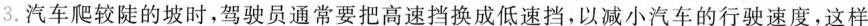
3.汽车爬较陡的坡时，驾驶员通常要把高速挡换成低速挡，以减小汽车的行驶速度，这样